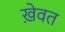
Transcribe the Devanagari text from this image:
ख़ेवत